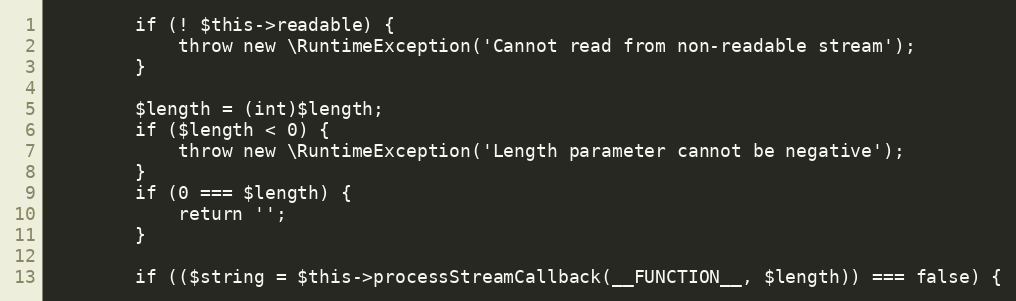
Language: PHP
        if (! $this->readable) {
            throw new \RuntimeException('Cannot read from non-readable stream');
        }

        $length = (int)$length;
        if ($length < 0) {
            throw new \RuntimeException('Length parameter cannot be negative');
        }
        if (0 === $length) {
            return '';
        }

        if (($string = $this->processStreamCallback(__FUNCTION__, $length)) === false) {